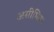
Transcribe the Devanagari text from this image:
असीमित।